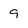
Character: 9